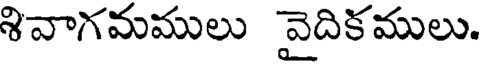
శివాగమములు వైదికములు.